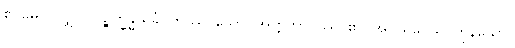
ဧဝမေဝ၊ လျှင်။ ပဉ္စက္ခန္ဓသင်္ခါ တဿ၊ သော။ အတ္တဘာဝဿ၊ ၏။ အဝယဝေသု၊ ကုန်သော။